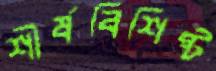
শীর্ষবিশিষ্ট